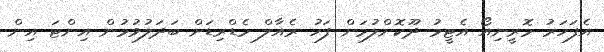
އެފަހަރު މޮރީނިއޯ އެޓީމު ދޫކޮށްލުމަށް ފަހު ރެއާލް މެޑްރިޑަށް ބަދަލުވުމުން އިންޓަ އިން